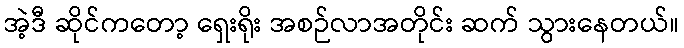
အဲ့ဒီ ဆိုင်ကတော့ ရှေးရိုး အစဉ်လာအတိုင်း ဆက် သွားနေတယ်။